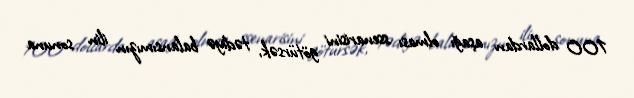
100 dollardan aşağı olması ssenarisini götürsək, tədiyə balansımızın ilin sonuna